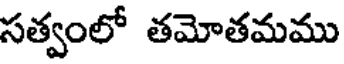
సత్వంలో తమోతమము